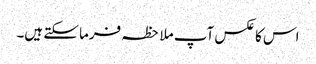
اس کا عکس آپ ملاحظہ فرما سکتے ہیں۔